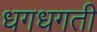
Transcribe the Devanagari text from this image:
धगधगती